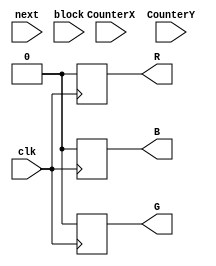
`timescale 1ns / 1ps
//////////////////////////////////////////////////////////////////////////////////
// Company: 
// Engineer: 
// 
// Design Name: 
// Module Name:    callpin 
// Project Name: 
// Target Devices: 
// Tool versions: 
// Description: 
//
// Dependencies: 
//
// Revision: 
// Revision 0.01 - File Created
// Additional Comments: 
//
//////////////////////////////////////////////////////////////////////////////////
module callpin(input clk,input wire [63:0] next,output reg R,output reg G,output reg B,input wire [63:0] block,
input wire [9:0] CounterX,input wire [9:0] CounterY

    );
	 integer k=0;
	 always@(posedge clk) begin
	B = 1'b0;
 R = 1'b0;
 //G = CounterX==200||CounterX==360||CounterY==200||CounterY==360||CounterX==220||CounterX==240||CounterY==220||CounterY==240||CounterX==260||CounterX==280||CounterY==260||CounterY==280||CounterX==300||CounterX==320||CounterY==300||CounterY==320||CounterX==340||CounterY==340;
G=1'b0;
end
endmodule